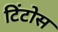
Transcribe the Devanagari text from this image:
टिंटोस